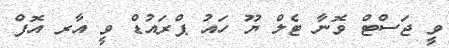
ވީ ޖަސްޓް ވޮނާ ޓެލް ޔޫ ހައު ޕްރައުޑް ވީ އާރ އޮފް